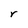
Character: r